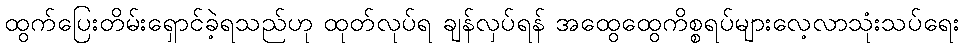
ထွက်ပြေးတိမ်းရှောင်ခဲ့ရသည်ဟု ထုတ်လုပ်ရ ချန်လှပ်ရန် အထွေထွေကိစ္စရပ်များလေ့လာသုံးသပ်ရေး